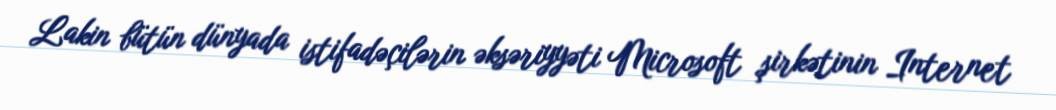
Lakin bütün dünyada istifadəçilərin əksəriyyəti Microsoft şirkətinin Internet